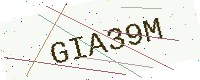
Text: GIA39M